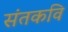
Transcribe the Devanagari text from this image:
संतकवि